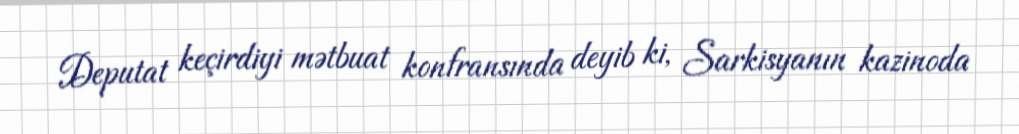
Deputat keçirdiyi mətbuat konfransında deyib ki, Sarkisyanın kazinoda